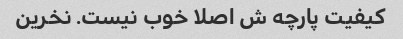
کیفیت پارچه ش اصلا خوب نیست. نخرین